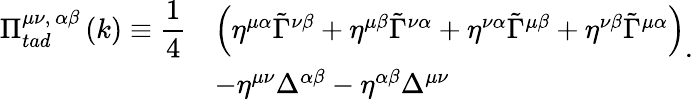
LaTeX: \begin{array}{lll}{{\Pi_{tad}^{\mu\nu,\, \alpha\beta}\left(k\right)\equiv\displaystyle{\frac{1}{4}}}}&{{\left(\eta^{\mu\alpha}\tilde{\Gamma}^{\nu\beta}+\eta^{\mu\beta}\tilde{\Gamma}^{\nu\alpha}+\eta^{\nu\alpha}\tilde{\Gamma}^{\mu\beta}+\eta^{\nu\beta}\tilde{\Gamma}^{\mu\alpha}\right)}}\\ {{}}&{{-\eta^{\mu\nu}\Delta^{\alpha\beta}-\eta^{\alpha\beta}\Delta^{\mu\nu}}}\end{array}.